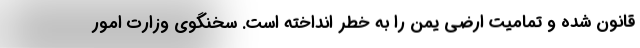
قانون شده و تمامیت ارضی یمن را به خطر انداخته است. سخنگوی وزارت امور